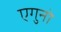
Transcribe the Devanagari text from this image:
एगुनो